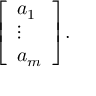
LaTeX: { \left[ \begin{array} { l } { a _ { 1 } } \\ { \vdots } \\ { a _ { m } } \end{array} \right] } .